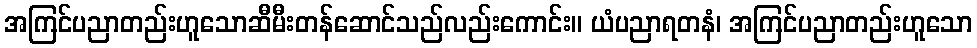
အကြင်ပညာတည်းဟူသောဆီမီးတန်ဆောင်သည်လည်းကောင်း။ ယံပညာရတနံ၊ အကြင်ပညာတည်းဟူသော